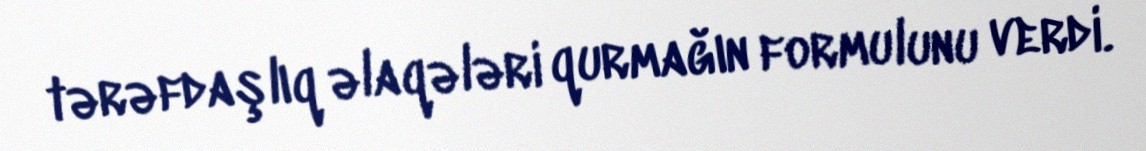
tərəfdaşlıq əlaqələri qurmağın formulunu verdi.